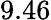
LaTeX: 9.46